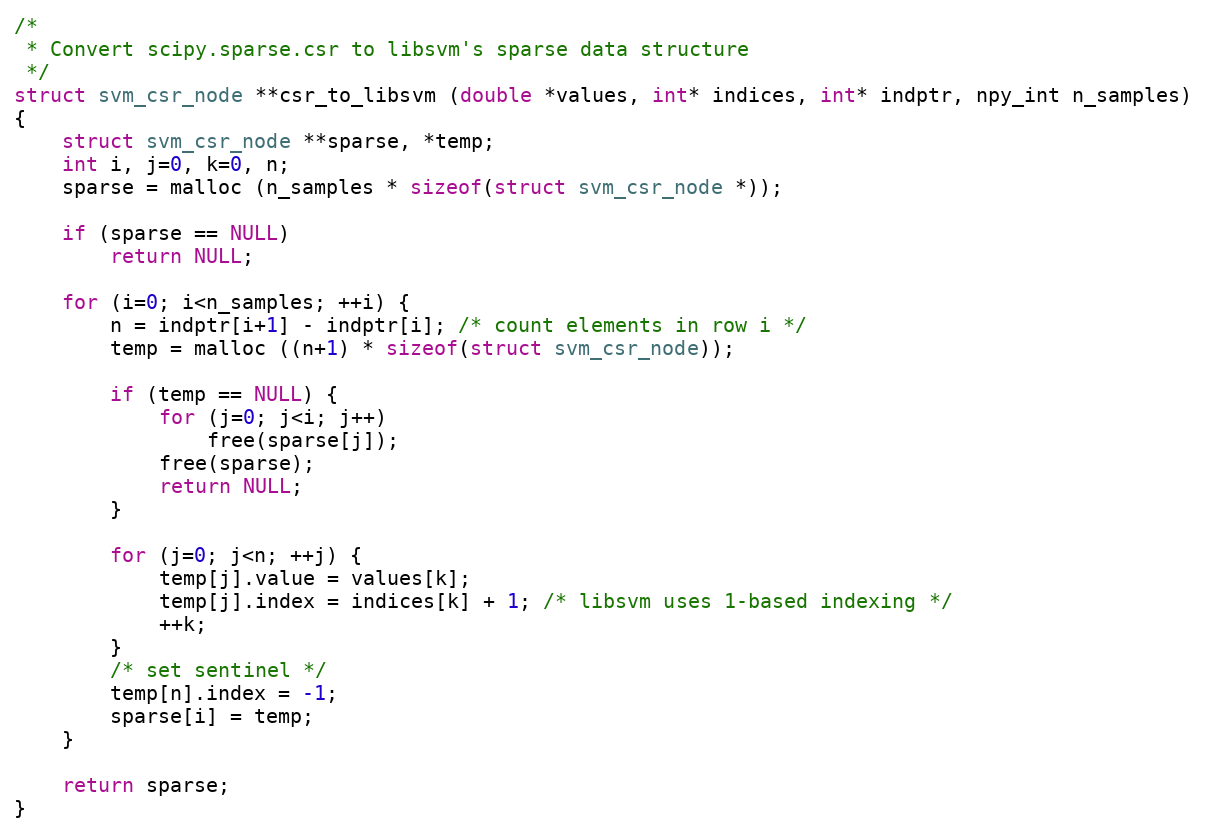
Language: C
/*
 * Convert scipy.sparse.csr to libsvm's sparse data structure
 */
struct svm_csr_node **csr_to_libsvm (double *values, int* indices, int* indptr, npy_int n_samples)
{
    struct svm_csr_node **sparse, *temp;
    int i, j=0, k=0, n;
    sparse = malloc (n_samples * sizeof(struct svm_csr_node *));

    if (sparse == NULL)
        return NULL;

    for (i=0; i<n_samples; ++i) {
        n = indptr[i+1] - indptr[i]; /* count elements in row i */
        temp = malloc ((n+1) * sizeof(struct svm_csr_node));

        if (temp == NULL) {
            for (j=0; j<i; j++)
                free(sparse[j]);
            free(sparse);
            return NULL;
        }

        for (j=0; j<n; ++j) {
            temp[j].value = values[k];
            temp[j].index = indices[k] + 1; /* libsvm uses 1-based indexing */
            ++k;
        }
        /* set sentinel */
        temp[n].index = -1;
        sparse[i] = temp;
    }

    return sparse;
}